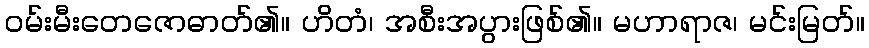
ဝမ်းမီးတေဇောဓာတ်၏။ ဟိတံ၊ အစီးအပွားဖြစ်၏။ မဟာရာဇ၊ မင်းမြတ်။